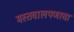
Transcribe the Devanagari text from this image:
मस्तवालपणाचा